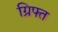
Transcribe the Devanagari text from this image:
ग्रिफ्त